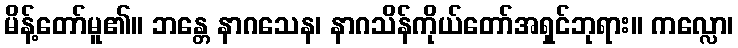
မိန့်တော်မူ၏။ ဘန္တေ နာဂသေန၊ နာဂသိန်ကိုယ်တော်အရှင်ဘုရား။ ကလ္လော၊